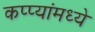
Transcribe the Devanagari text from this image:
कप्प्यांमध्ये